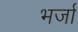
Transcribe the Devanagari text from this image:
भर्जा